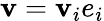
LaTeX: \mathbf{v}=\mathbf{v}_{i}e_{i}